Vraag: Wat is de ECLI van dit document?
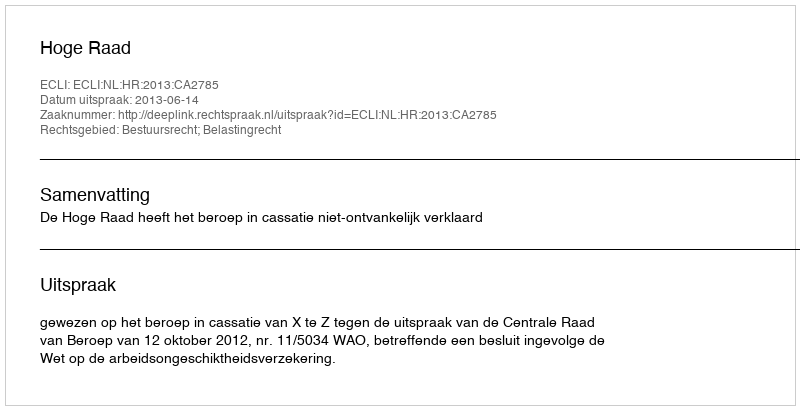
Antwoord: ECLI:NL:HR:2013:CA2785